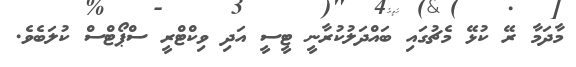
މާދަމާ ރޭ ކުޅޭ މެޗުގައި ބައްދަލުކުރާނީ ޓީސީ އަދި ވިކްޓްރީ ސްޕޯޓްސް ކުލަބެވެ.